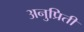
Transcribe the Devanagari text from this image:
अनुप्रिती